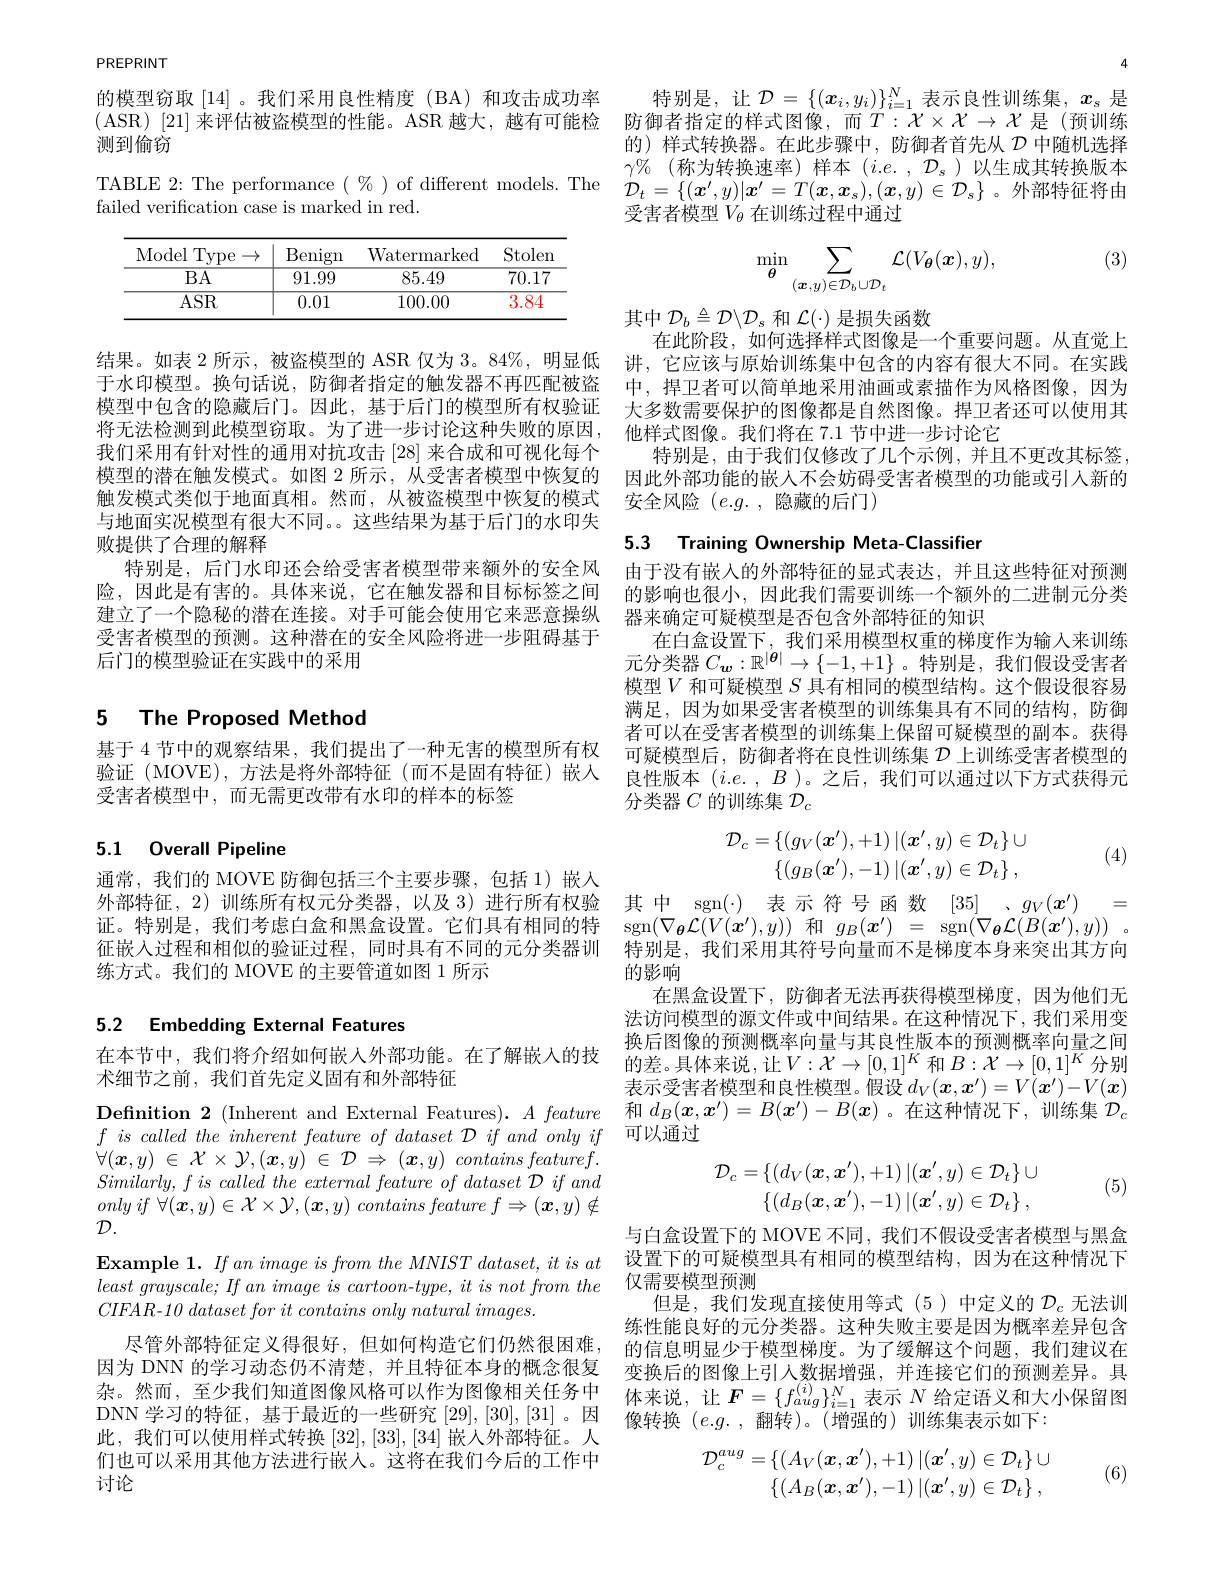
PREPRINT

的模型窃取|14|。我们采用良性精度 (BA)和攻击成功率
(ASR)[21] 来评估被盗模型的性能。ASR 越大，越有可能检 防御者指定的样式图像，而$T:\mathcal{X}\times\mathcal{X}\to\mathcal{X}$ 是(预训练
测到偷窃

failed verification case is marked in red.

<table>
	<tbody>
		<tr>
			<th>Model Type $\rightarrow$</th>
			<th>Benign</th>
			<th>Watermarked</th>
			<th>Stolen</th>
		</tr>
		<tr>
			<td>$\overline{\mathrm{BA}}$</td>
			<td>91.99</td>
			<td>85.49</td>
			<td>70.17</td>
		</tr>
		<tr>
			<td>ASR</td>
			<td>0.01</td>
			<td>100.00</td>
			<td>3.84</td>
		</tr>
	</tbody>
</table>

结果。如表 2 所示，被盗模型的 ASR 仅为 3。84%, 明显低于水印模型。换句话说，防御者指定的触发器不再匹配被盗模型中包含的隐藏后门。因此，基于后门的模型所有权验证将无法检测到此模型窃取。为了进一步讨论这种失败的原因， 我们采用有针对性的通用对抗攻击[28]来合成和可视化每个模型的潜在触发模式。如图 2 所示，从受害者模型中恢复的触发模式类似于地面真相。然而，从被盗模型中恢复的模式与地面实况模型有很大不同。。这些结果为基于后门的水印失败提供了合理的解释
特别是，后门水印还会给受害者模型带来额外的安全风险，因此是有害的。具体来说，它在触发器和目标标签之间建立了一个隐秘的潜在连接。对手可能会使用它来恶意操纵受害者模型的预测。这种潜在的安全风险将进一步阻碍基于后门的模型验证在实践中的采用

# 5 The Proposed Method

基于 4 节中的观察结果，我们提出了一种无害的模型所有权验证(MOVE),方法是将外部特征(而不是固有特征)嵌入受害者模型中，而无需更改带有水印的样本的标签

## 5.1 Overall Pipeline

通常，我们的 MOVE 防御包括三个主要步骤，包括 1)嵌入
外部特征，2)训练所有权元分类器，以及 3)进行所有权验 其中 sgn(-) 表示符号函数 [35] 、$g_V( x^{\prime })$ = 证。特别是，我们考虑白盒和黑盒设置。它们具有相同的特 sgn$(\nabla_{\boldsymbol{o}}\mathcal{L}(V(x^{\prime}),y))$和$g_B(x^{\prime})=$ sgn$(\nabla_{\boldsymbol{\theta}}\mathcal{L}(B(x^{\prime}),y))$ 。征嵌入过程和相似的验证过程，同时具有不同的元分类器训
练方式。我们的 MOVE 的主要管道如图 1 所示

# 5.2 Embedding External Features

术细节之前，我们首先定义固有和外部特征

Definition 2 (Inherent and External Features). $A\textit{ feature}$ $\forall ( \boldsymbol{x}, y)$ $\in$ $\mathcal{X} \times$ $\mathcal{Y} , ( \boldsymbol{x}, y)$ $\in$ $\mathcal{D}$ $\Rightarrow$ $( \boldsymbol{x}, y)$ contains $featuref.$ $Similarly, fis\textit{ called the external feature of dataset D if and}$ only $if$ $\forall ( \boldsymbol{x}, y) \in \mathcal{X} \times \mathcal{Y} , ( \boldsymbol{x}, y)$ contains feature $f\Rightarrow$ $( \boldsymbol{x}, y) \notin$ $\mathcal{D}.$
Example 1. $If\textit{an image is from the MNIST dataset, it is at}$ $least\textit{ grayscale; If an image is cartoon- type, it is not from the}$ $CIFAR- 10\textit{ dataset for it contains only natural images. }$

尽管外部特征定义得很好，但如何构造它们仍然很困难， 因为 DNN 的学习动态仍不清楚，并且特征本身的概念很复DNN 学习的特征，基于最近的一些研究[29],[30],[31] 。因此，我们可以使用样式转换[32],[33],[34]嵌人外部特征。人们也可以采用其他方法进行嵌人。这将在我们今后的工作中讨论

4

特别是，让$\mathcal{D}=\{(\boldsymbol{x}_i,y_i)\}_{i=1}^N$表示良性训练集，$x_\mathrm{s}$ 是的) 样式转换器。在此步骤中，防御者首先从$\mathcal{D}$中随机选择$\gamma \%$ (称为转换速率)样本 $(i.e.,\mathcal{D}_s)$ 以生成其转换版本
TABLE 2: The performance $(\%)$ of different models. The $\mathcal{D}_t=\{(x^{\prime},y)|x^{\prime}=T(x,x_s),(\boldsymbol{x},y)\in\mathcal{D}_s\}$ 。外部特征将由
受害者模型$V_{\theta}$ 在训练过程中通过

(3)
$$\min_{\boldsymbol{\theta}}\sum_{(\boldsymbol{x},y)\in\mathcal{D}_{b}\cup\mathcal{D}_{t}}\mathcal{L}(V_{\boldsymbol{\theta}}(\boldsymbol{x}),y),$$
其中$\mathcal{D}_b\triangleq\mathcal{D}\backslash\mathcal{D}_s$和$\mathcal{L}(\cdot)$是损失函数
在此阶段，如何选择样式图像是一个重要问题。从直觉上讲，它应该与原始训练集中包含的内容有很大不同。在实践中，捍卫者可以简单地采用油画或素描作为风格图像，因为大多数需要保护的图像都是自然图像。捍卫者还可以使用其他样式图像。我们将在 7.1 节中进一步讨论它
特别是，由于我们仅修改了几个示例，并且不更改其标签， 因此外部功能的嵌人不会妨碍受害者模型的功能或引人新的安全风险 $(e.g.$, 隐藏的后门)

5.3 Training Ownership Meta-Classifier

由于没有嵌入的外部特征的显式表达，并且这些特征对预测的影响也很小，因此我们需要训练一个额外的二进制元分类器来确定可疑模型是否包含外部特征的知识
在白盒设置下，我们采用模型权重的梯度作为输入来训练元分类器$C_{\boldsymbol{w}}:\mathbb{R}^{|\boldsymbol{\theta}|}\to\{-1,+1\}$ 。特别是，我们假设受害者模型$V$和可疑模型$S$具有相同的模型结构。这个假设很容易满足，因为如果受害者模型的训练集具有不同的结构，防御者可以在受害者模型的训练集上保留可疑模型的副本。获得可疑模型后，防御者将在良性训练集$\mathcal{D}$上训练受害者模型的良性版本$(i.e.,B)$。之后，我们可以通过以下方式获得元分类器$C$的训练集$\mathcal{D}_c$
$$\mathcal{D}_{c}=\{(g_{V}(\boldsymbol{x}'),+1)\:|(\boldsymbol{x}',y)\in\mathcal{D}_{t}\}\cup\\\{(g_{B}(\boldsymbol{x}'),-1)\:|(\boldsymbol{x}',y)\in\mathcal{D}_{t}\}\:,$$
(4)

特别是，我们采用其符号向量而不是梯度本身来突出其方向
的影响
在黑盒设置下，防御者无法再获得模型梯度，因为他们无法访问模型的源文件或中间结果。在这种情况下，我们采用变换后图像的预测概率向量与其良性版本的预测概率向量之间
在本节中，我们将介绍如何嵌人外部功能。在了解嵌入的技 的差。具体来说，让$V:\mathcal{X}\to[0,1]^K$和$B:\mathcal{X}\to[0,1]^K$分别
表示受害者模型和良性模型。假设$d_V(\boldsymbol{x},\boldsymbol{x}^{\prime})=V(\boldsymbol{x}^{\prime})-V(\boldsymbol{x})$ 和$d_B(\boldsymbol{x},\boldsymbol{x}^{\prime})=B(\boldsymbol{x}^{\prime})-B(\boldsymbol{x})$ 。在这种情况下，训练集$\mathcal{D}_c$
$f\textit{ is called the inherent feature of dataset D if and only if 可 以 通 过 }$
$$\mathcal{D}_{c}=\{(d_{V}(\boldsymbol{x},\boldsymbol{x}^{\prime}),+1)\:|(\boldsymbol{x}^{\prime},y)\in\mathcal{D}_{t}\}\cup\\\{(d_{B}(\boldsymbol{x},\boldsymbol{x}^{\prime}),-1)\:|(\boldsymbol{x}^{\prime},y)\in\mathcal{D}_{t}\}\:,$$
(5)

与白盒设置下的 MOVE 不同，我们不假设受害者模型与黑盒设置下的可疑模型具有相同的模型结构，因为在这种情况下仅需要模型预测
但是，我们发现直接使用等式(5)中定义的$\mathcal{D}_c$无法训练性能良好的元分类器。这种失败主要是因为概率差异包含的信息明显少于模型梯度。为了缓解这个问题，我们建议在变换后的图像上引入数据增强，并连接它们的预测差异。具
杂。然而，至少我们知道图像风格可以作为图像相关任务中   体来说，让$\boldsymbol{F}=\{f_{aig}^{(i)}\}_{i=1}^N$表示 $N$ 给定语义和大小保留图
像转换$(e.g.$,翻转)。(增强的)训练集表示如下：
$$\begin{aligned}\mathcal{D}_{c}^{aug}&=\{(A_{V}(\boldsymbol{x},\boldsymbol{x}'),+1)\:|(\boldsymbol{x}',y)\in\mathcal{D}_{t}\}\cup\\&\{(A_{B}(\boldsymbol{x},\boldsymbol{x}'),-1)\:|(\boldsymbol{x}',y)\in\mathcal{D}_{t}\}\:,\end{aligned}$$
(6)